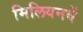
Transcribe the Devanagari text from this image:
मिलियनवें